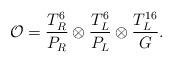
LaTeX: \begin{align*}{\cal O}=\frac{T_R^6}{P_R} \otimes \frac{T_L^6}{P_L} \otimes \frac{T_L^{16}}{G}.\end{align*}